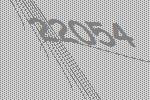
22054